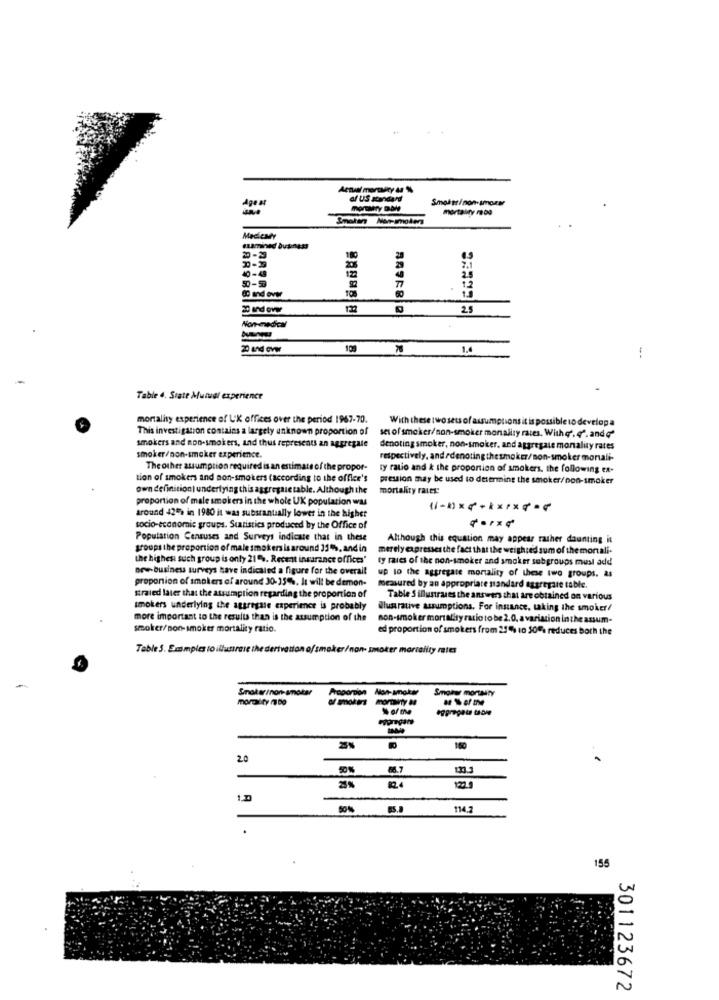
Actual mortuary as %
Agen
af US standard
morEMRry DOM
mortality rod
Smaten Non-smokers
MeciCMY
eLamined business
20-29
40-48
7.1
1.2
2.5
Non-medical
70
1.
--
Table 4. State Mutual experience
mortality experience of UK offices over the period 1967-70.
With these two sets of assumptions it is possible to develop a
This investigation contains a largely unknown proportion of
smokers and non-smokers, and thus represents an aggregate
set of smoker/non-smoker monally rates. With q'. 4".andq'
denoting smoker, non-smoker, and aggregate monality rates
smoker/non-smoker experience.
respectively. and rdenoting thesmoker/son-smoker mortali-
The other assumption required is an estimate of the propor-
ty ratio and & the proportion of smokers, the following ex-
tion of smokers and non-smokers (according to the office's
pression may be used to determine the smoker/non-smoker
own definition| underlying this aggregsietable. Although the
mortality rates:
proportion of male smokers in the whole UK population was
around 420% in 1980 it was substantially lower in the higher
socio-economic groups. Statistics produced by the Office of
Population Censuses and Surveys indicate that in these
Although this equation may appear rather daunting it
groups the proportion of male smokers is around 31%, and in
merely expresses the fact that the weighted sum of themortali-
the highest such group is only 21%. Recent insurance offices'
ty raies of the non-smoker and smoker subgroups must add
new business surveys have indicated a figure for the overall
proportion of smokers of around 30-35%. It will be demon-
up to the aggregate mortality of these two groups. as
Measured by an appropriate mandard aggregare table.
straied later that the assumption regarding the proportion of
Table S illustrates the answers that are obtained on various
smokers underlying the aggregate experience is probably
Illustrative assumptions. For instance, taking the smoket/
more important to the results than is the assumption of the
non-smoker mortality ratio to be 2.0, a variation in the assum-
smoker/non-smoker mortality ratio.
ed proportion of smokers from 25%% 10 50% reduces both the
Table 5. Emmples to illustrate the dertvation of smaker/non- smoker mortality rates
Smoker/non-smoker
Proportion Non-smaker
moralty bo
Arcporpon
Formany as
% of the
160
20
65.7
824
12
114.2
155
301123672